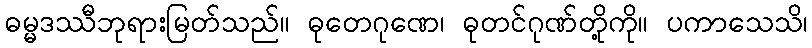
ဓမ္မဒဿီဘုရားမြတ်သည်။ ဓုတေဂုဏေ၊ ဓုတင်ဂုဏ်တို့ကို။ ပကာသေသိ၊